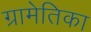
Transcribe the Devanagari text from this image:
ग्रामेतिका